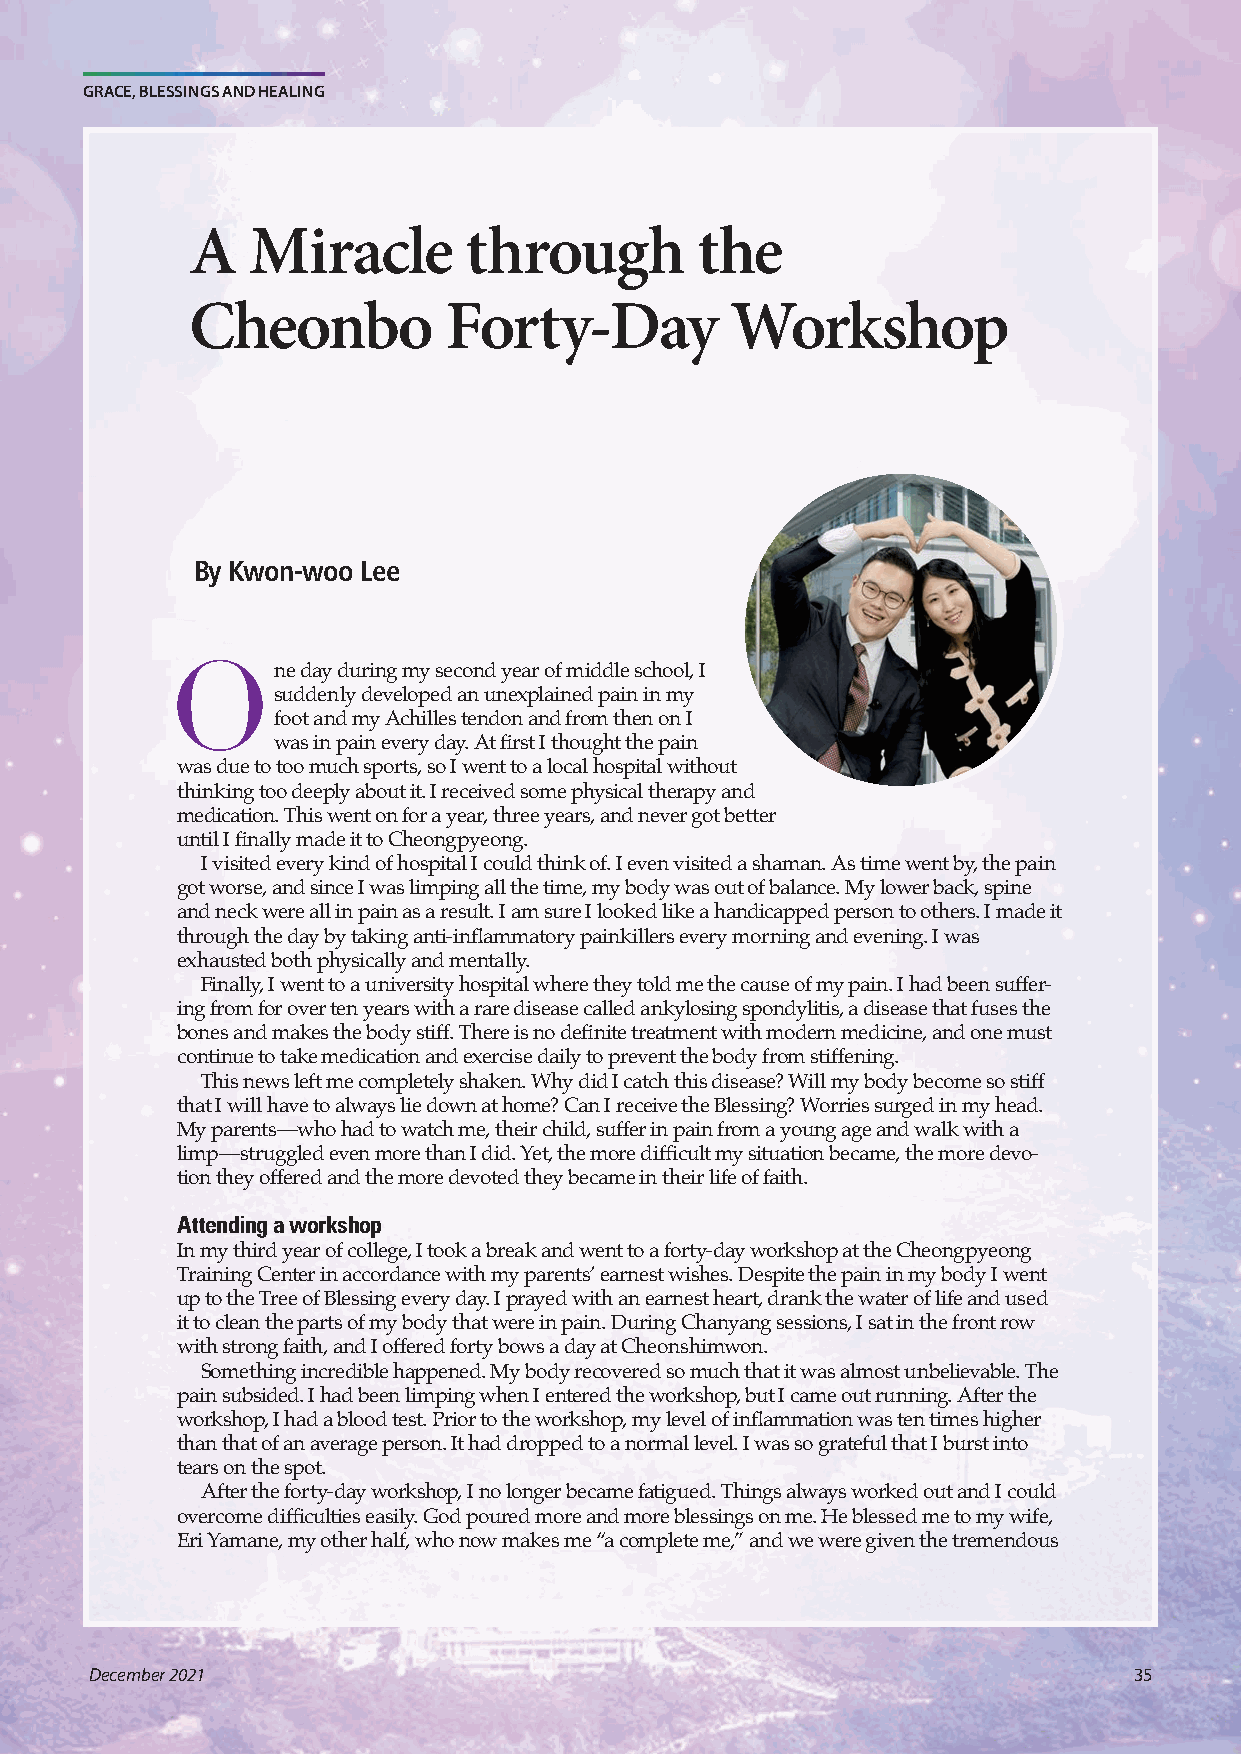
GRACE, BLESSINGS AND HEALING
 A  Miracle        through        the
 Cheonbo         Forty-Day          Workshop
 By Kwon-woo Lee
 One      day during my second year of middle school, I
 suddenly developed an unexplained pain in my
 foot and my Achilles tendon and from then on I
 was in pain every day. At first I thought the pain
 was due to too much sports, so I went to a local hospital without
 thinking too deeply about it. I received some physical therapy and
 medication. This went on for a year, three years, and never got better
 until I finally made it to Cheongpyeong.
 I visited every kind of hospital I could think of. I even visited a shaman. As time went by, the pain
 got worse, and since I was limping all the time, my body was out of balance. My lower back, spine
 and neck were all in pain as a result. I am sure I looked like a handicapped person to others. I made it
 through the day by taking anti-inflammatory painkillers every morning and evening. I was
 exhausted both physically and mentally.
 Finally, I went to a university hospital where they told me the cause of my pain. I had been suffer-
 ing from for over ten years with a rare disease called ankylosing spondylitis, a disease that fuses the
 bones and makes the body stiff. There is no definite treatment with modern medicine, and one must
 continue to take medication and exercise daily to prevent the body from stiffening.
 This news left me completely shaken. Why did I catch this disease? Will my body become so stiff
 that I will have to always lie down at home? Can I receive the Blessing? Worries surged in my head.
 My parents—who had to watch me, their child, suffer in pain from a young age and walk with a
 limp—struggled even more than I did. Yet, the more difficult my situation became, the more devo-
 tion they offered and the more devoted they became in their life of faith.
 Attending a workshop
 In my third year of college, I took a break and went to a forty-day workshop at the Cheongpyeong
 Training Center in accordance with my parents’ earnest wishes. Despite the pain in my body I went
 up to the Tree of Blessing every day. I prayed with an earnest heart, drank the water of life and used
 it to clean the parts of my body that were in pain. During Chanyang sessions, I sat in the front row
 with strong faith, and I offered forty bows a day at Cheonshimwon.
 Something incredible happened. My body recovered so much that it was almost unbelievable. The
 pain subsided. I had been limping when I entered the workshop, but I came out running. After the
 workshop, I had a blood test. Prior to the workshop, my level of inflammation was ten times higher
 than that of an average person. It had dropped to a normal level. I was so grateful that I burst into
 tears on the spot.
 After the forty-day workshop, I no longer became fatigued. Things always worked out and I could
 overcome difficulties easily. God poured more and more blessings on me. He blessed me to my wife,
 Eri Yamane, my other half, who now makes me “a complete me,” and we were given the tremendous
 December 2021                                                        35